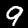
Label: 9